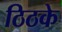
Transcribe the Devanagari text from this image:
ठिठके